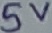
Text: 5V